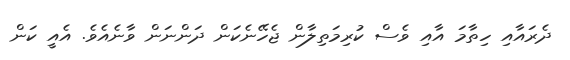
ދެރައާއި ހިތާމަ އާއި ވެސް ކުރިމަތިލާން ޖެހޭނެކަން ދަންނަން ވާނެއެވެ. އެއީ ކަން